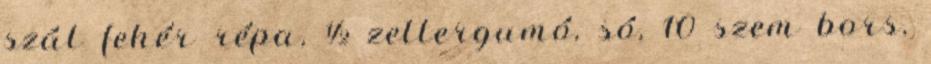
szál fehér répa, ½ zellergumó, só, 10 szem bors,